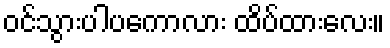
ဝင်သွားပါပကောလား ထိပ်ထားလေး။